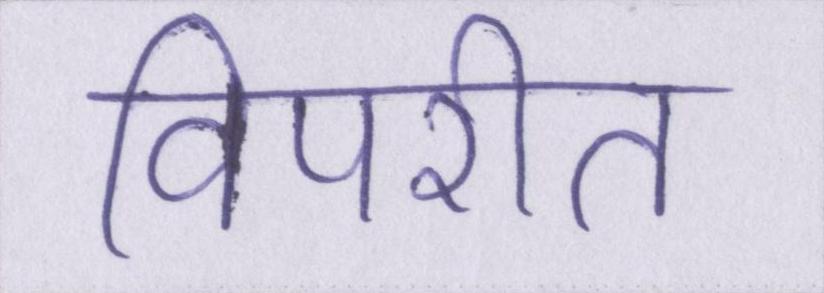
विपरीत